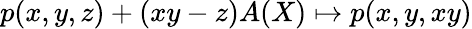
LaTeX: p(x,y,z)+(xy-z)A(X)\mapsto p(x,y,xy)